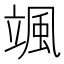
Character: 颯